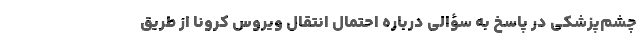
چشم‌پزشکی در پاسخ به سؤالی درباره احتمال انتقال ویروس کرونا از طریق